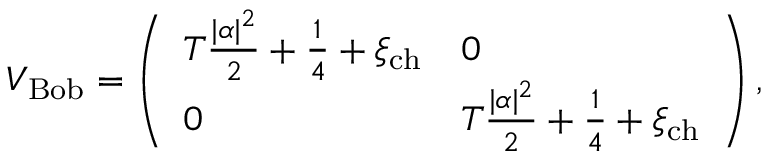
V _ { \mathrm { B o b } } = \left( \begin{array} { l l } { T \frac { | \alpha | ^ { 2 } } { 2 } + \frac { 1 } { 4 } + \xi _ { \mathrm { c h } } } & { 0 } \\ { 0 } & { T \frac { | \alpha | ^ { 2 } } { 2 } + \frac { 1 } { 4 } + \xi _ { \mathrm { c h } } } \end{array} \right) ,